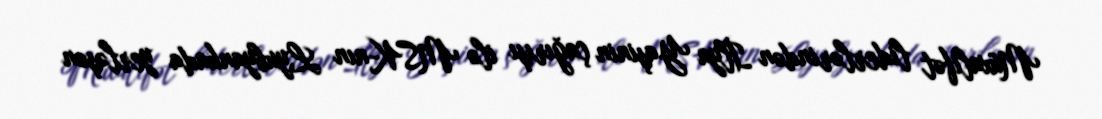
Müxalifət liderlərindən İlya Yaşinin çağırışı ilə MSK-nın Lyubyankada yerləşən